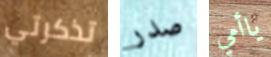
تذكرتي صدر ياأمي